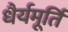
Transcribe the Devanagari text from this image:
धैर्यमूर्ति